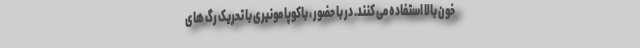
خون بالا استفاده می کنند. در با حضور ، باکوپا مونیری با تحریک رگ های